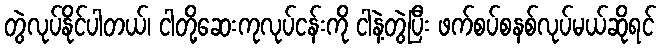
တွဲလုပ်နိုင်ပါတယ်၊ ငါတို့ဆေးကုလုပ်ငန်းကို ငါနဲ့တွဲပြီး ဖက်စပ်စနစ်လုပ်မယ်ဆိုရင်